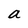
Character: a